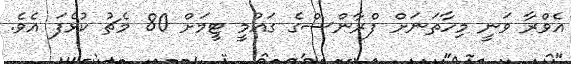
އެވްރާ ވަނީ މިހާތަނަށް ފްރާންސްގެ ގައުމީ ޓީމަށް 80 މެޗު ކުޅެފަ އެވެ.